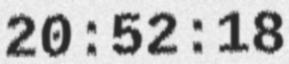
20:52:18